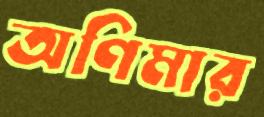
অণিমার